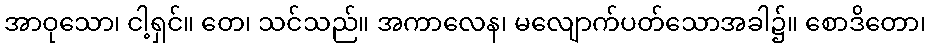
အာဝုသော၊ ငါ့ရှင်။ တေ၊ သင်သည်။ အကာလေန၊ မလျောက်ပတ်သောအခါ၌။ စောဒိတော၊